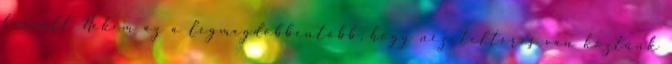
harcolt Nekem az a legmegdöbbentőbb, hogy nézeteltérés van köztünk